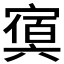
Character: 𡪴